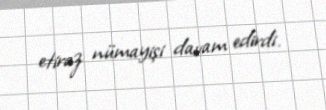
etiraz nümayişi davam edirdi.